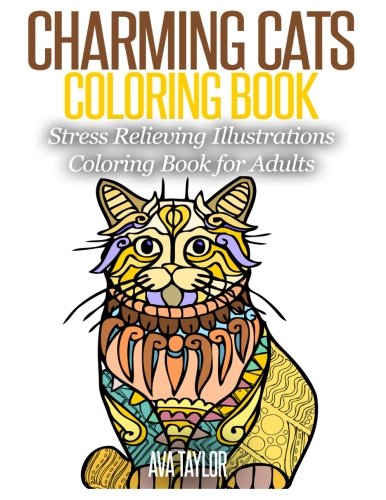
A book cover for Charming Cats Coloring Book: Stress Relieving Illustrations Coloring Book for Adults; Ava Taylor; Arts & Photography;